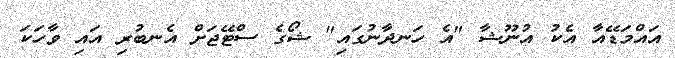
އައްމަޑޭއާ އެކު އުނޫޝާ "އެ ހަނދާނުގައި" ޝޯގެ ސްޓޭޖަށް އެނބުރި އައި ވާހަކަ